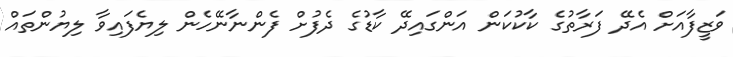
ވަޒީފާއަށް އެދޭ ފަރާތުގެ ކާކުކަން އަންގައިދޭ ކާޑުގެ ދެފުށް ފެންނާނޭހެން ލިޔެފައިވާ ލިޔުންތައް